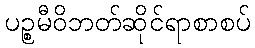
ပဉ္စမီဝိဘတ်ဆိုင်ရာစာစပ်